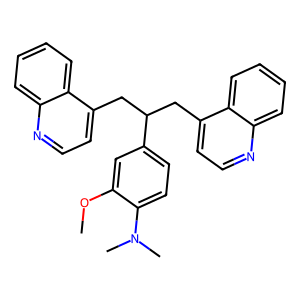
SMILES: COc1cc(C(Cc2ccnc3ccccc23)Cc2ccnc3ccccc23)ccc1N(C)C
Inhibits HIV replication: No